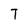
Character: T